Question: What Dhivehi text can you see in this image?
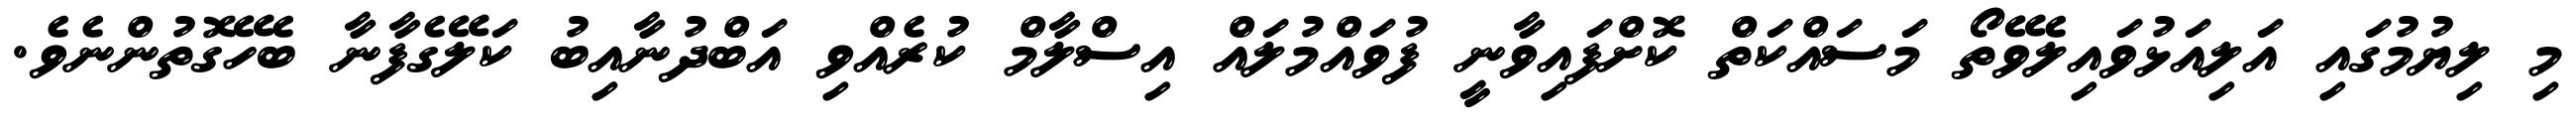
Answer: މި ލިޔުމުގައި އަލިއަޅުވައިލެވޭތޯ މަސައްކަތް ކޮށްފައިވާނީ ފުވައްމުލައް އިސްލާމް ކުރެއްވި އަބްދުނާއިބު ކަލޭގެފާނާ ބެހޭގޮތުންނެވެ.